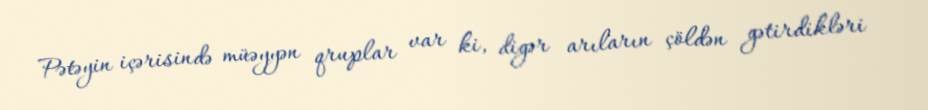
Pətəyin içərisində müəyyən qruplar var ki, digər arıların çöldən gətirdikləri